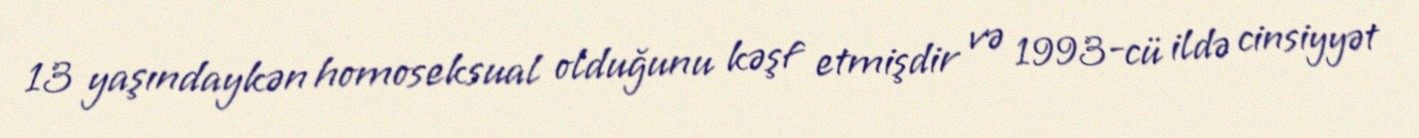
13 yaşındaykən homoseksual olduğunu kəşf etmişdir və 1993-cü ildə cinsiyyət